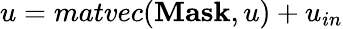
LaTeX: u=matvec(\mathbf{Mask},u)+u_{in}